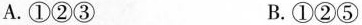
A.①②③ B.①②⑤